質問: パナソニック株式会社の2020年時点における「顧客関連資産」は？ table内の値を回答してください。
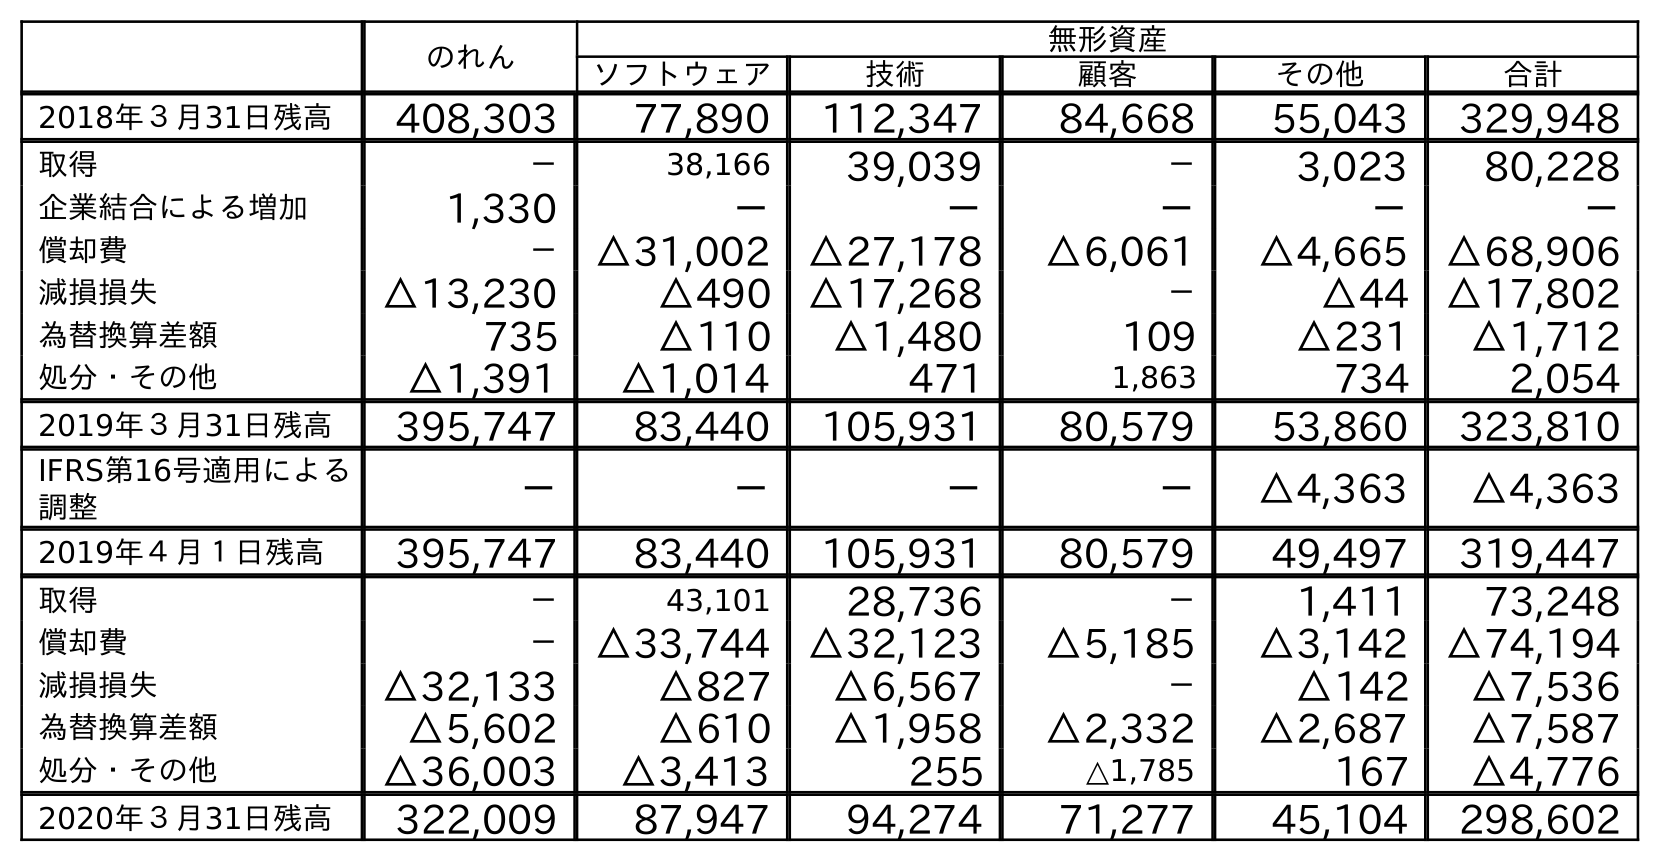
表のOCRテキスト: のれん 無形資産 ソフトウェア 技術 顧客 その他 合計 2018年３月31日残高 408,303 77,890 112,347 84,668 55,043 329,948 取得 － 38,166 39,039 － 3,023 80,228 企業結合による増加 1,330 － － － － － 償却費 － △31,002 △27,178 △6,061 △4,665 △68,906 減損損失 △13,230 △490 △17,268 － △44 △17,802 為替換算差額 735 △110 △1,480 109 △231 △1,712 処分・その他 △1,391 △1,014 471 1,863 734 2,054 2019年３月31日残高 395,747 83,440 105,931 80,579 53,860 323,810 IFRS第16号適用による 調整 － － － － △4,363 △4,363 2019年４月１日残高 395,747 83,440 105,931 80,579 49,497 319,447 取得 － 43,101 28,736 － 1,411 73,248 償却費 － △33,744 △32,123 △5,185 △3,142 △74,194 減損損失 △32,133 △827 △6,567 － △142 △7,536 為替換算差額 △5,602 △610 △1,958 △2,332 △2,687 △7,587 処分・その他 △36,003 △3,413 255 △1,785 167 △4,776 2020年３月31日残高 322,009 87,947 94,274 71,277 45,104 298,602
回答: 71,277